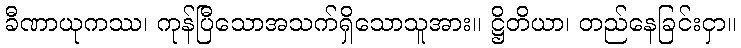
ခီဏာယုကဿ၊ ကုန်ပြီသောအသက်ရှိသောသူအား။ ဋ္ဌိတိယာ၊ တည်နေခြင်းငှာ။